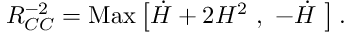
R _ { C C } ^ { - 2 } = \mathrm { M a x } \left[ \dot { H } + 2 H ^ { 2 } ~ , ~ - \dot { H } ~ \right] .